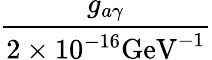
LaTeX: \frac{g_{a\gamma}}{2\times 10^{-16}\mathrm{GeV}^{-1}}